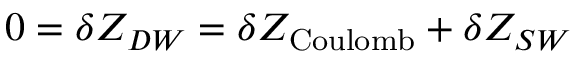
0 = \delta Z _ { D W } = \delta Z _ { \mathrm { C o u l o m b } } + \delta Z _ { S W }